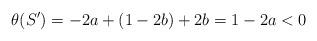
LaTeX: \begin{align*} \theta(S')=-2a+(1-2b)+2b=1-2a<0\end{align*}